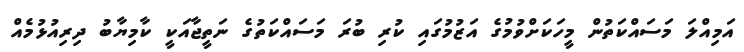
އަމިއްލަ މަސައްކަތުން މީހަކަށްވުމުގެ އަޒުމުގައި ކުރި ބުރަ މަސައްކަތުގެ ނަތީޖާއަކީ ކާމިޔާބު ދިރިއުޅުމެއް